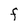
Character: F